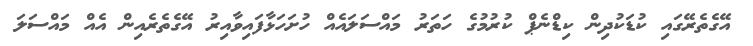
އޭގެތެރޭގައި ކުޑަކުދިން ކިޑްނެޕް ކުރުމުގެ ހަތަރު މައްސަލައެއް ހުށަހަޅާފައިވާއިރު އޭގެތެރެއިން އެއް މައްސަލަ